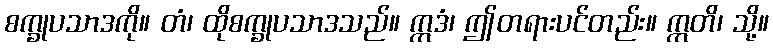
စက္ခုပသာဒကို။ တံ၊ ထိုစက္ခုပသာဒသည်။ ဣဒံ၊ ဤတရားပင်တည်း။ ဣတိ၊ သို့။